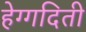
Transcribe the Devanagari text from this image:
हेग्गदिती